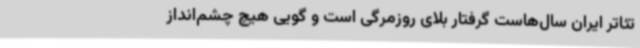
تئاتر ایران سال‌هاست گرفتار بلای روزمرگی است و گویی هیچ چشم‌انداز